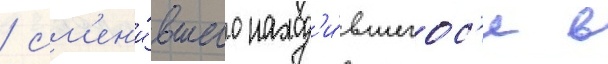
/ см'ен'и́вшего наход'и́вшегос'я в